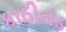
કાઠીતડ